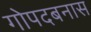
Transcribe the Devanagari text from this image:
गोपदबनास